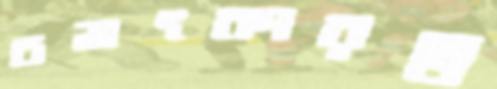
চমৎকারত্ব